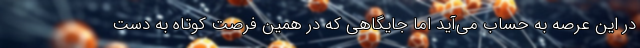
در این عرصه به حساب می‌آید اما جایگاهی که در همین فرصت کوتاه به دست